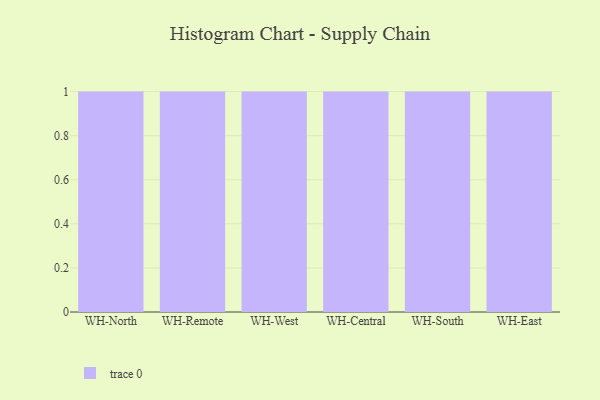
{"axis": {"x": "Warehouse", "y": "Shipments"}, "legend": [""], "data": [{"x": "WH-North", "y": 94, "type": ""}, {"x": "WH-Remote", "y": 85, "type": ""}, {"x": "WH-West", "y": 17, "type": ""}, {"x": "WH-Central", "y": 87, "type": ""}, {"x": "WH-South", "y": 46, "type": ""}, {"x": "WH-East", "y": 10, "type": ""}]}